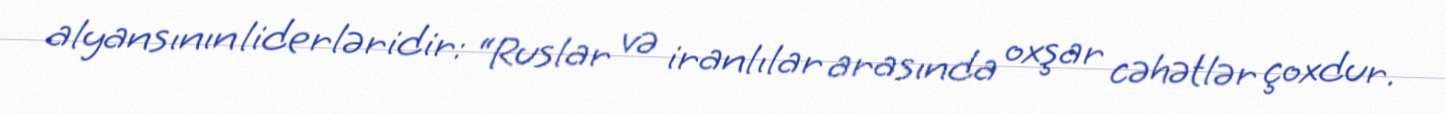
alyansının liderləridir: “Ruslar və iranlılar arasında oxşar cəhətlər çoxdur.